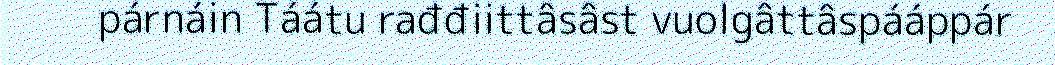
párnáin Táátu rađđiittâsâst vuolgâttâspááppár